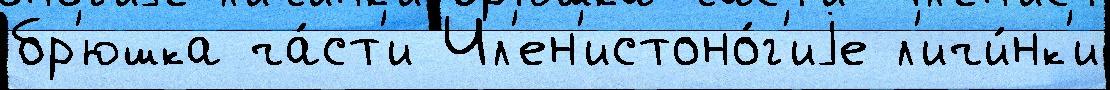
бр'юшка ча́ст'и Чл'ен'истоно́г'иjе л'ичи́нк'и